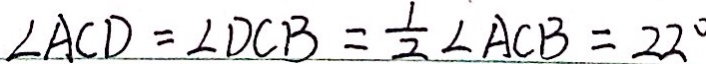
\angle A C D = \angle D C B = \frac { 1 } { 2 } \angle A C B = 2 2 ^ { \circ }